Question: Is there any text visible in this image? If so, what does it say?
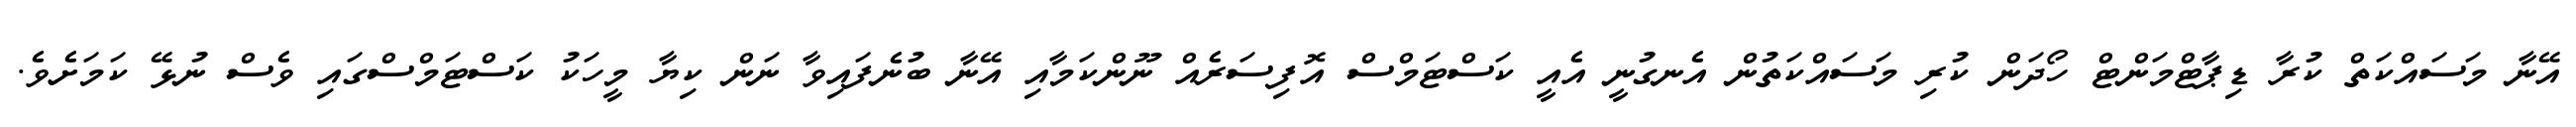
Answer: އޭނާ މަސައްކަތް ކުރާ ޑިޕާޓްމަންޓް ހޯދަން ކުރި މަސައްކަތުން އެނގުނީ އެއީ ކަސްޓަމްސް އޮފިސަރެއް ނޫންކަމާއި އޭނާ ބުނެފައިވާ ނަން ކިޔާ މީހަކު ކަސްޓަމްސްގައި ވެސް ނުޅޭ ކަމަށެވެ.